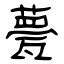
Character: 甍